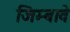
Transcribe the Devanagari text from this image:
जिम्बावे